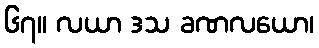
၆၇။ လယာ ဒသ ခဏလယော၊